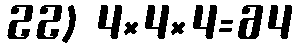
22) 4×4×4=64